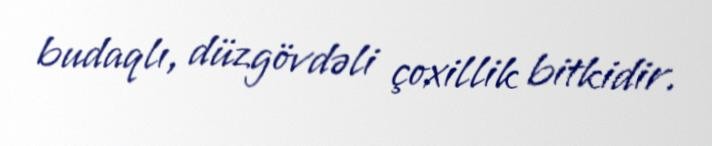
budaqlı, düzgövdəli çoxillik bitkidir.